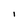
Character: I